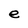
Character: e